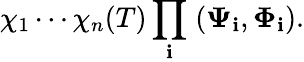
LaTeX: \chi_{1}\cdots\chi_{n}(T)\prod_{\mathbf{i}}\; ({\mathbf{\Psi}_{\mathbf{i}}},{\mathbf{\Phi}_{\mathbf{i}}}).